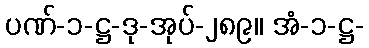
ပဏ်-၁-ဋ္ဌ-ဒု-အုပ်-၂၈၉။ အံ-၁-ဋ္ဌ-